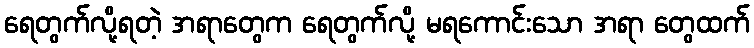
ရေတွက်လို့ရတဲ့ အရာတွေက ရေတွက်လို့ မရကောင်းသော အရာ တွေထက်